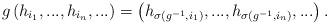
LaTeX: \begin{align*}g \left(h_{i_1}, ..., h_{i_n}, ...\right) = \left(h_{\sigma(g^{-1}, i_1)}, ...,h_{\sigma(g^{-1}, i_n)}, ...\right).\end{align*}